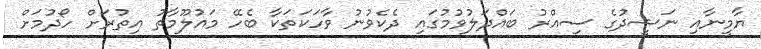
ޔާމީނާއި ނަޝީދުގެ ސިއްރު ބައްދަލުވުމުގައި ދެކެވުނު ވާހަކަތަކާ ބެހޭ މައުލޫމާތު އިތުރަށް ހޯދުމަށް